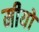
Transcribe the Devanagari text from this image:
मीयो